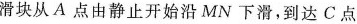
滑块从A点由静止开始沿MN下滑，到达C点